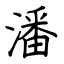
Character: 潘